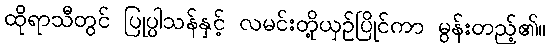
ထိုရာသီတွင် ပြုပ္ပါသန်နှင့် လမင်းတို့ယှဉ်ပြိုင်ကာ မွန်းတည့်၏။